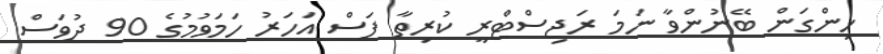
ހިންގަން ބޭނުންވާ ނަމަ ރަޖިސްޓްރީ ކުރިތާ ފަސް އަހަރު ހަމަވުމުގެ 90 ދުވަސް